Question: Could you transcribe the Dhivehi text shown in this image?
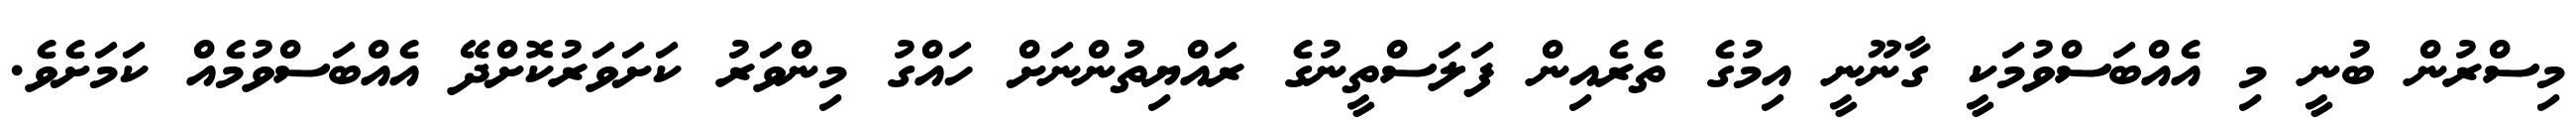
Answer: މިސްރުން ބުނީ މި އެއްބަސްވުމަކީ ގާނޫނީ އިމުގެ ތެރެއިން ފަލަސްތީނުގެ ރައްޔިތުންނަށް ހައްގު މިންވަރު ކަށަވަރުކޮށްދޭ އެއްބަސްވުމެއް ކަމަށެވެ.